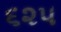
૬૨૫